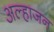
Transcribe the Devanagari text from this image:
अल्हाजन